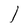
Character: l